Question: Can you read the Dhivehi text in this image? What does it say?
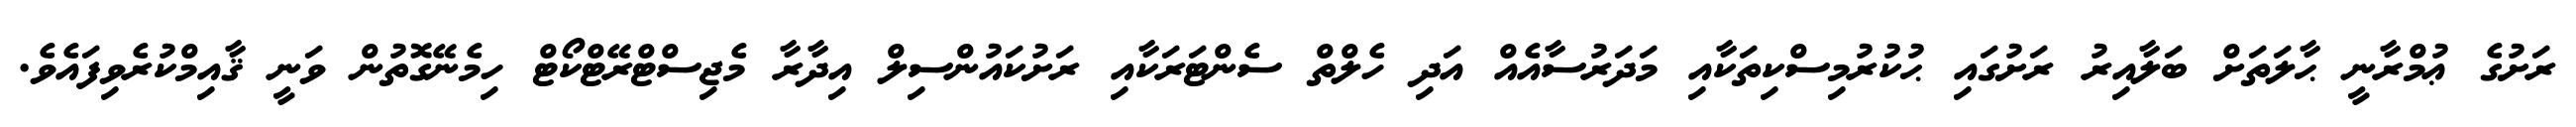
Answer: ރަށުގެ ޢުމްރާނީ ޙާލަތަށް ބަލާއިރު ރަށުގައި ޙުކުރުމިސްކިތަކާއި މަދަރުސާއެއް އަދި ހެލްތް ސެންޓަރަކާއި ރަށުކައުންސިލް އިދާރާ މެޖިސްޓްރޭޓްކޯޓް ހިމެނޭގޮތުން ވަނީ ޤާއިމްކުރެވިފައެވެ.